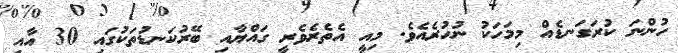
ހުންނަ ކުރަގަނޑެއް މިމަހަކު ނުހުރެއެވެ. މިއީ އެތެރެވެރީ ގައްޔާއި ބޭރުކަނޑުތަކުގައި 30 އާއި